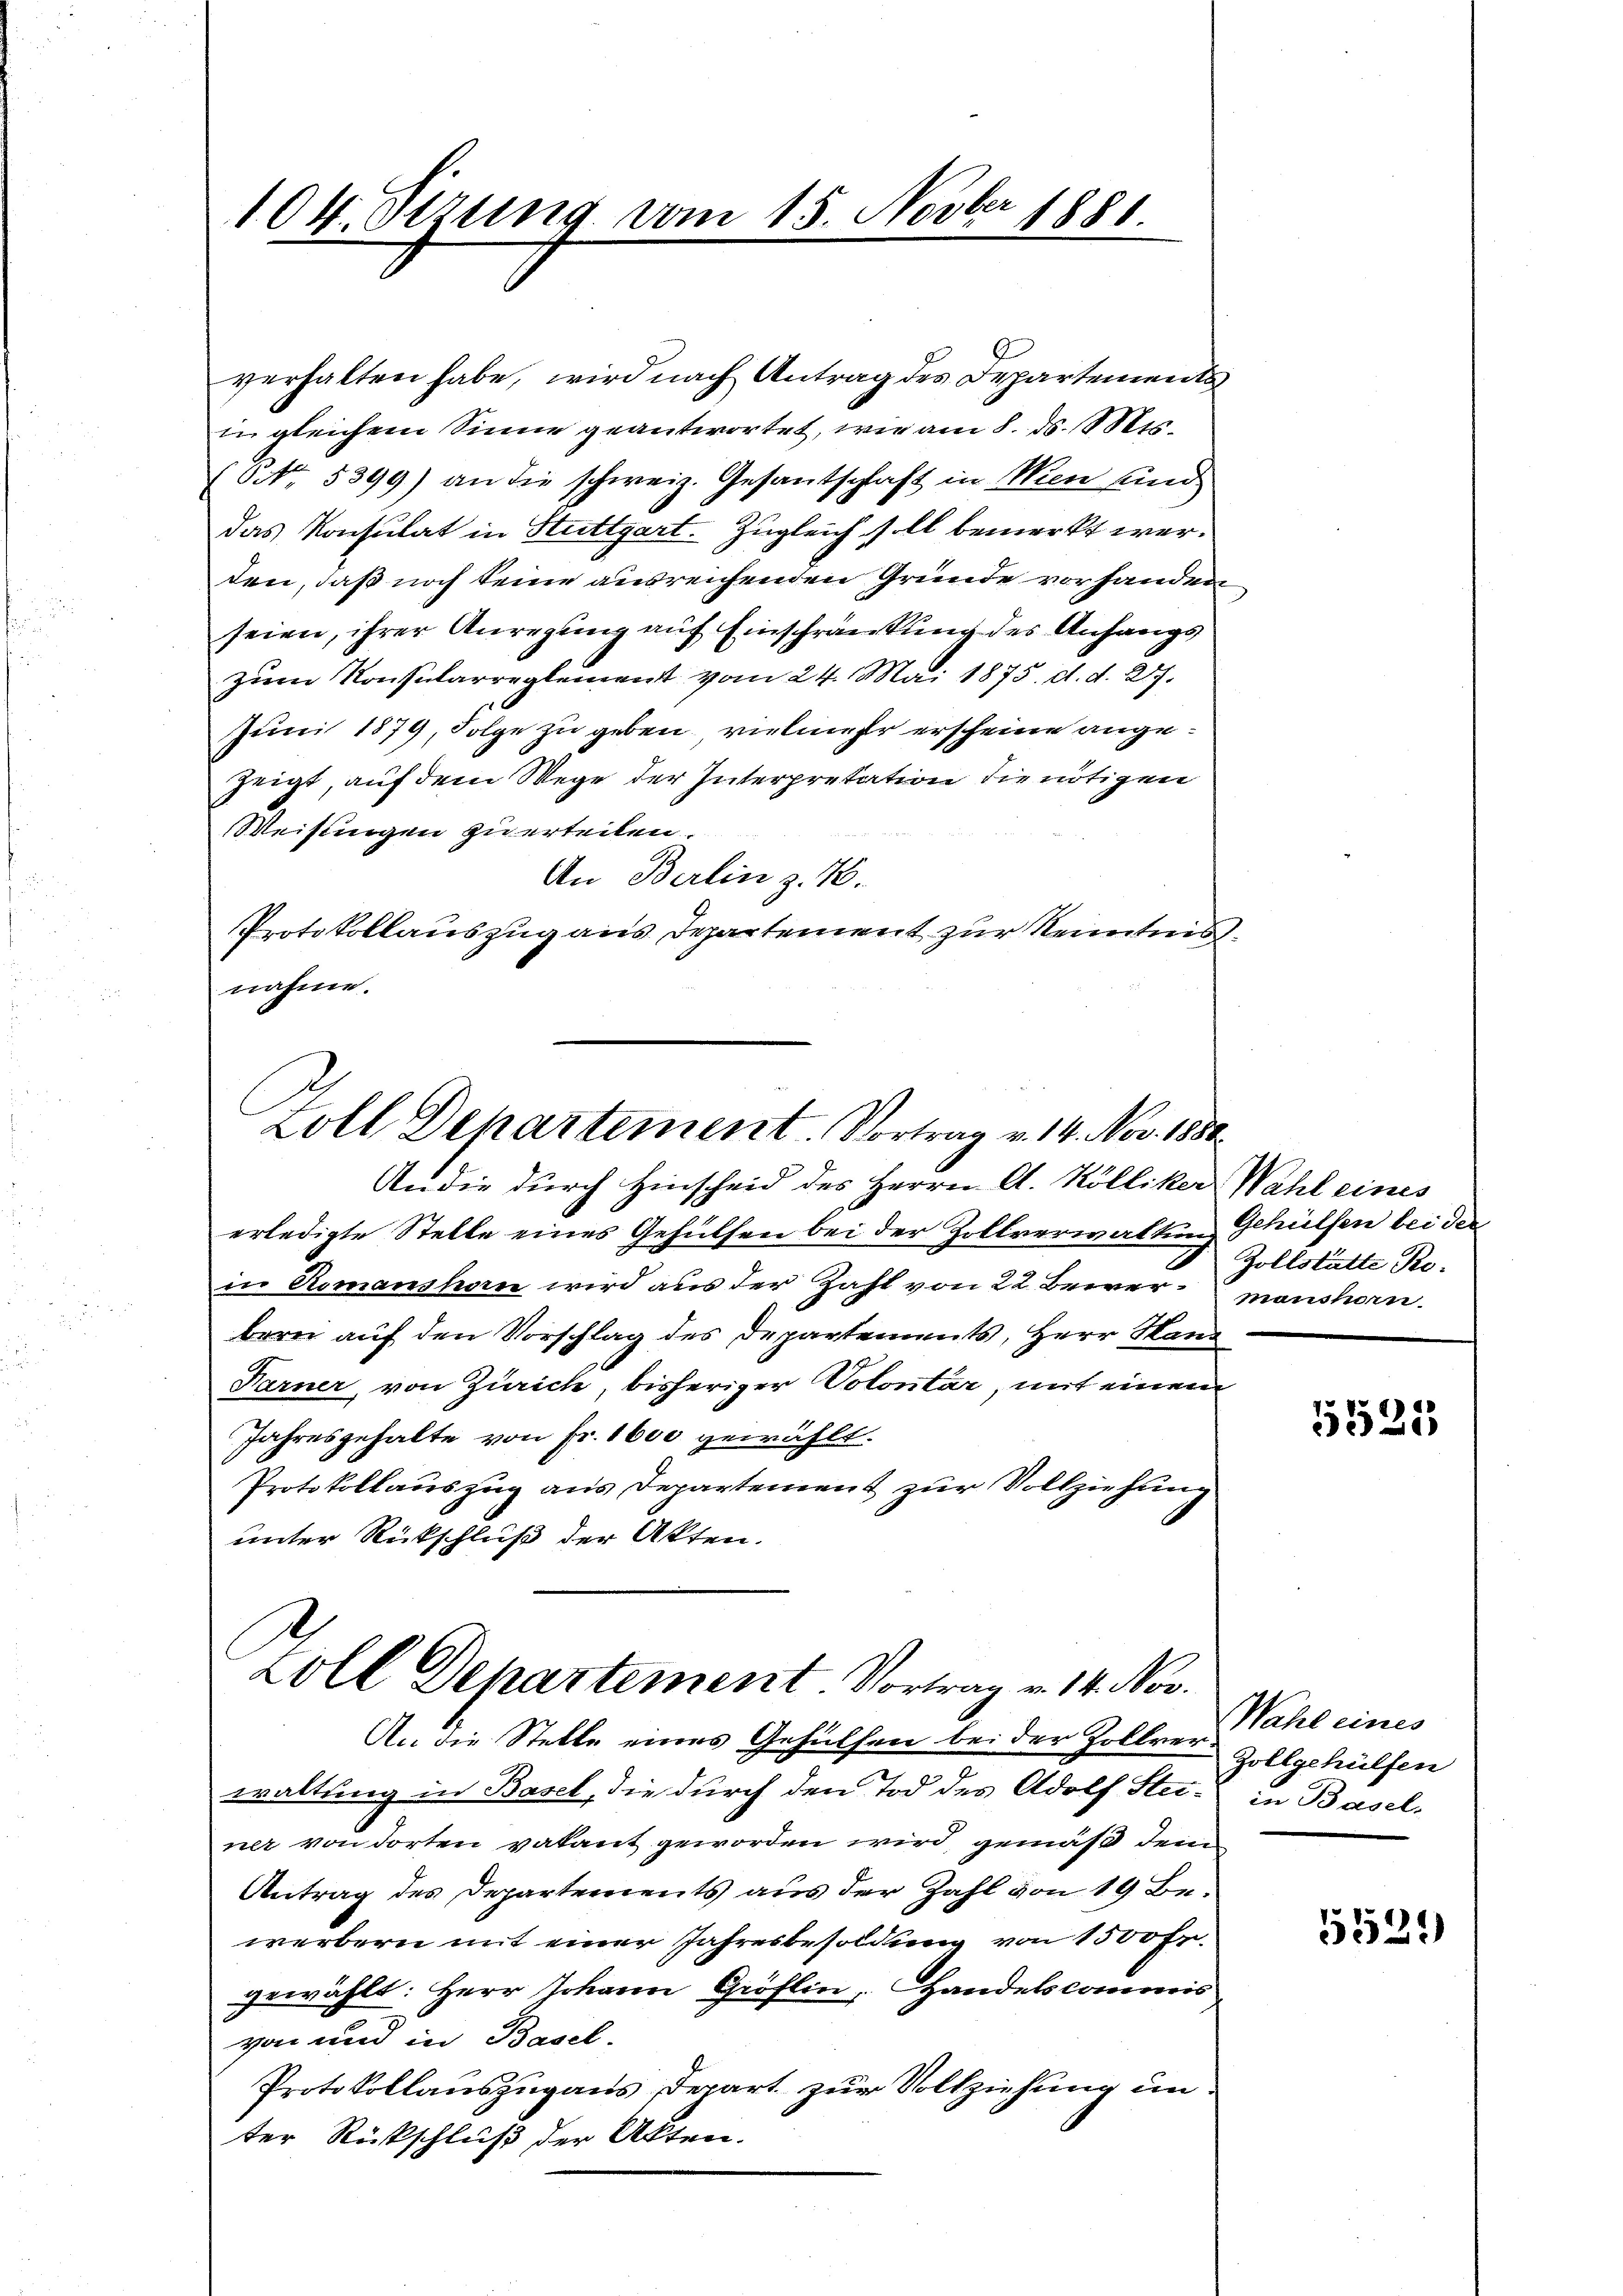
104. Perung vom 15. Novber 1881

verhalten habe, wird nach Antrag des Departements
in gleichem Sinne geantwortet, wie am 8. ds. er¬
(NNo. 5399) an die schweiz. Gesantschaft in Wien und
das Konsulat in Stuttgart. Zugleich soll bemerkt werden, daß noch keine ausreichenden Gründe vorhanden
seien, ihrer Anregung auf Einschränkung des Anfangs
zum Konsularreglement vom 24. Mai 1875. d. d. 27.
Juni 1879, Folge zu geben, vielmehr erscheine angezeigt, auf dem Wege der Interpretation die nötigen
Weisungen zu erteilen.
An Berlin z. B.
Protokollauszug aus Departement zur Kenntnis
nahme.

Zoll Departement. Vortrag v. 14. Nov. 1888.

Audie durch Hinscheid des Herrn A. Kölliker Wahl eines
erledigte Stelle eines Gehülfen bei der Zollverwaltung Gehülfen bei der
in Romanshorn wird aus der Zahl von 22 Bewerberei auf den Vorschlag des Departements, Herr Hand
Farner, von Zürich, bisheriger Volontär, mit einen
Jahresgehalte von Fr. 1600 gewählt.
Protokollauszug aus Departement zur Vollziehung
unter Rückschluß der Akten.
An die Stelle eines Gehülfen bei der Zollver Zollgehülfen
waltung in Basel, die durch den Tod des Adolf Stei- in Basel,
ner von dorten vakant geworden wird, gemäß dem
Antrag des Departements aus der Zahl von 19 Bewerbern mit einer Jahresbesoldung von 1500 Fr.
gewählt: Herr Johann Gröflin, Handelskommis
von und in Basel.
Protokollauszug aus Depart zur Vollziehung unter Rückschluß der Akten.

Zoll Departement. Vortrag v. 14. Nov.

Zollstätte Ro.
manshorn

5521

Wahl eines

5529)